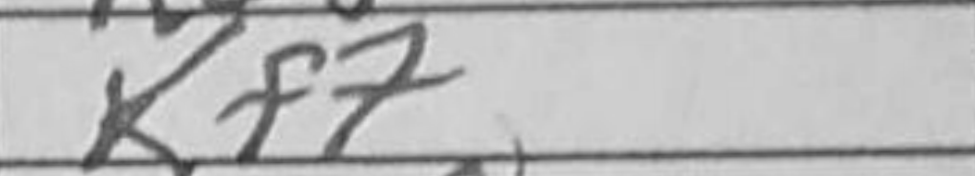
Transcription: Kf7